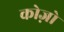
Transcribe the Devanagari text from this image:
कोज़ो